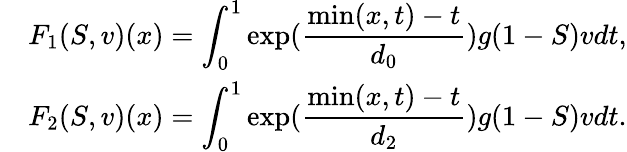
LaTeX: \begin{array}{llll}&{F_{1}(S,v)(x)=\displaystyle\int_{0}^{1}\exp(\frac{\operatorname*{min}(x,t)-t}{d_{0}})g(1-S)vdt,}\\ &{F_{2}(S,v)(x)=\displaystyle\int_{0}^{1}\exp(\frac{\operatorname*{min}(x,t)-t}{d_{2}})g(1-S)vdt.}\end{array}